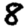
Digit: 8